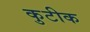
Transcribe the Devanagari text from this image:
कुटीक